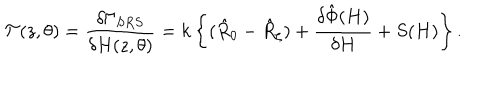
LaTeX: { \cal T } ( z , \theta ) = \frac { \delta \Gamma _ { S R S } } { \delta H ( z , \theta ) } = k \left\{ ( \hat { R } _ { 0 } - \hat { R } _ { \zeta } ) + \frac { \delta \hat { \Phi } ( H ) } { \delta H } + S ( H ) \right\} .